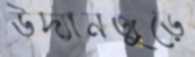
উদ্যানজুড়ে